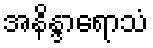
အနိန္ဒာရောသံ